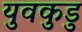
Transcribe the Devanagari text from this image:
युवकुडु